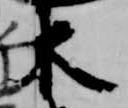
木